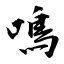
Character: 鳴